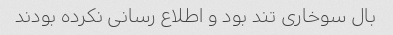
بال سوخاری تند بود و اطلاع رسانی نکرده بودند